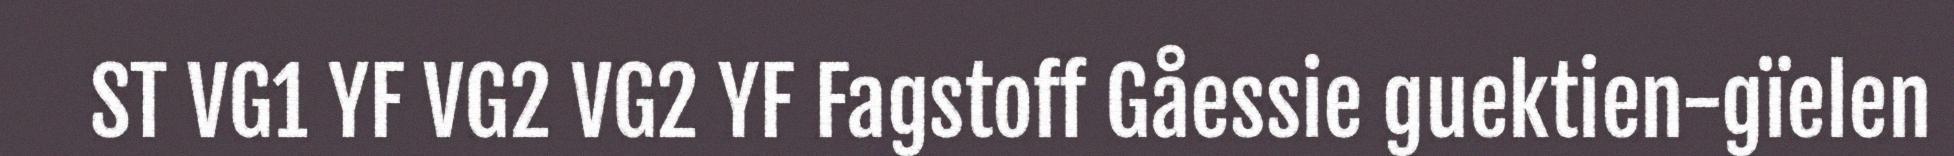
ST VG1 YF VG2 VG2 YF Fagstoff Gåessie guektien-gïelen